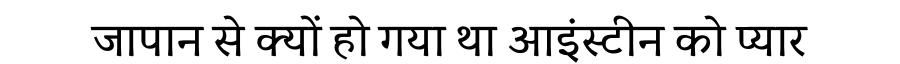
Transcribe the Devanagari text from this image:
जापान से क्यों हो गया था आइंस्टीन को प्यार